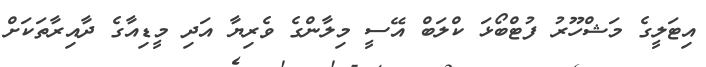
އިޓަލީގެ މަޝްހޫރު ފުޓްބޯޅަ ކްލަބް އޭސީ މިލާންގެ ވެރިޔާ އަދި މީޑިއާގެ ދާއިރާތަކަށް